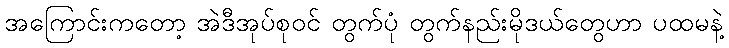
အကြောင်းကတော့ အဲဒီအုပ်စုဝင် တွက်ပုံ တွက်နည်းမိုဒယ်တွေဟာ ပထမနဲ့